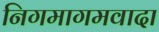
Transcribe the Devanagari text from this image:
निगमागमवादा